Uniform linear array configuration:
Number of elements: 48
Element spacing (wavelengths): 0.75
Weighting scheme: cosine
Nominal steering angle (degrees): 0
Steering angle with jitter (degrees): -0.09868
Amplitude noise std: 0.05
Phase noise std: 0.05

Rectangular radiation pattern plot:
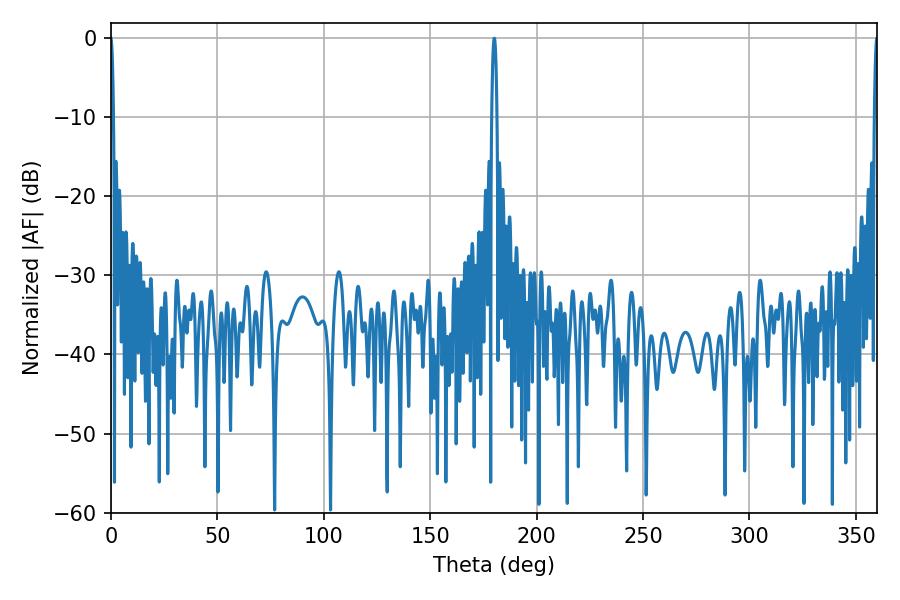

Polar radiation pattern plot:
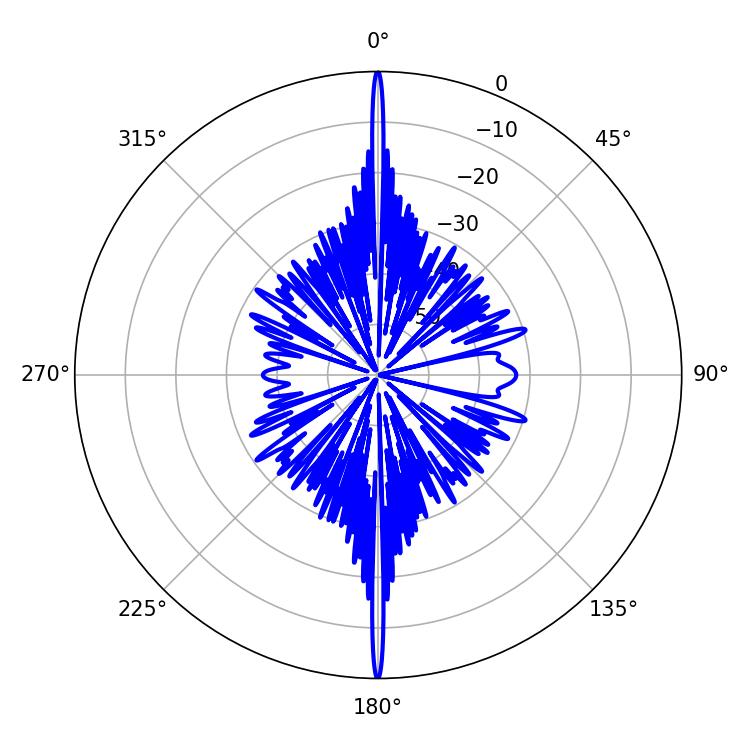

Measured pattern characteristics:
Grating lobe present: TRUE
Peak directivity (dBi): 44.626
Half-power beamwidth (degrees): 0.72
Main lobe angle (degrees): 359.82